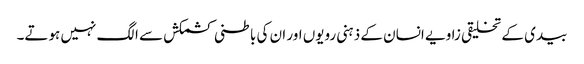
بیدی کے تخلیقی زاویے انسان کے ذہنی رویوں اور ان کی باطنی کشمکش سے الگ نہیں ہوتے۔